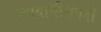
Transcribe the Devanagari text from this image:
न्यायाधीशपदी